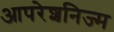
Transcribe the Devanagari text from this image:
आपरेशनिज्म